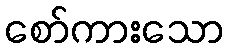
စော်ကားသော